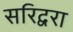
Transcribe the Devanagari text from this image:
सरिद्वरा